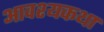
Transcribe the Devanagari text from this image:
आवश्यकथा